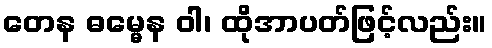
တေန ဓမ္မေန ဝါ၊ ထိုအာပတ်ဖြင့်လည်း။